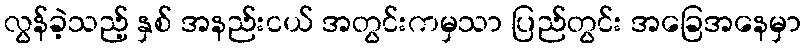
လွန်ခဲ့သည့် နှစ် အနည်းငယ် အတွင်းကမှသာ ပြည်တွင်း အခြေအနေမှာ